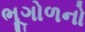
ભૂગોળનો